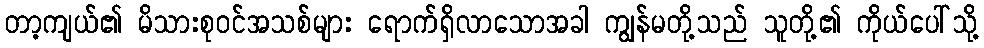
တာ့ကျယ်၏ မိသားစုဝင်အသစ်များ ရောက်ရှိလာသောအခါ ကျွန်မတို့သည် သူတို့၏ ကိုယ်ပေါ်သို့